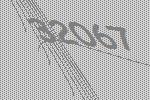
32067